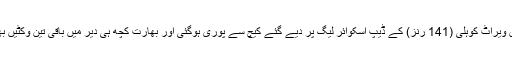
پھر جو کسر رہ گئی تھی وہ اگلے اوور میں ویراٹ کوہلی (141 رنز) کے ڈیپ اسکوائر لیگ پر دیے گئے کیچ سے پوری ہوگئی اور بھارت کچھ ہی دیر میں باقی تین وکٹیں بھی پیش کرکے مقابلہ 48 رنز سے ہارگیا۔